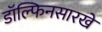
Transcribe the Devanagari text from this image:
डॉल्फिनसारखे